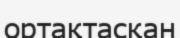
ортақтасқан